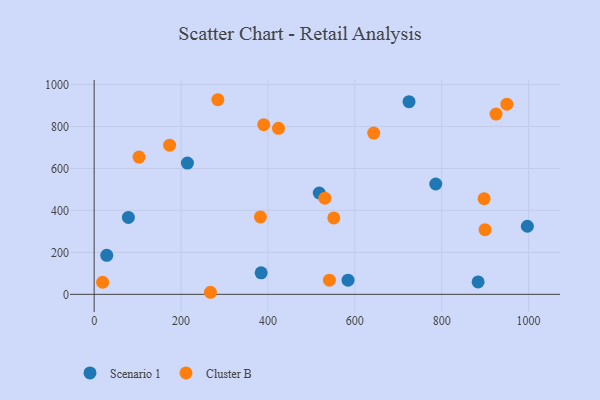
{"axis": {"x": "Price", "y": "Profit"}, "legend": ["Cluster B", "Scenario 1"], "data": [{"x": "997.2", "y": 324.5, "type": "Scenario 1"}, {"x": "518.1", "y": 483.0, "type": "Scenario 1"}, {"x": "29.0", "y": 185.9, "type": "Scenario 1"}, {"x": "584.4", "y": 67.7, "type": "Scenario 1"}, {"x": "724.8", "y": 918.3, "type": "Scenario 1"}, {"x": "384.4", "y": 102.6, "type": "Scenario 1"}, {"x": "214.7", "y": 625.7, "type": "Scenario 1"}, {"x": "78.8", "y": 366.8, "type": "Scenario 1"}, {"x": "883.8", "y": 59.3, "type": "Scenario 1"}, {"x": "786.3", "y": 526.0, "type": "Scenario 1"}, {"x": "551.6", "y": 364.3, "type": "Cluster B"}, {"x": "897.6", "y": 456.0, "type": "Cluster B"}, {"x": "284.8", "y": 927.7, "type": "Cluster B"}, {"x": "925.1", "y": 859.4, "type": "Cluster B"}, {"x": "173.7", "y": 711.0, "type": "Cluster B"}, {"x": "424.3", "y": 791.4, "type": "Cluster B"}, {"x": "531.1", "y": 458.3, "type": "Cluster B"}, {"x": "950.0", "y": 906.4, "type": "Cluster B"}, {"x": "103.3", "y": 654.4, "type": "Cluster B"}, {"x": "390.3", "y": 808.8, "type": "Cluster B"}, {"x": "541.5", "y": 67.4, "type": "Cluster B"}, {"x": "382.7", "y": 369.0, "type": "Cluster B"}, {"x": "643.5", "y": 768.5, "type": "Cluster B"}, {"x": "899.7", "y": 308.0, "type": "Cluster B"}, {"x": "267.7", "y": 9.8, "type": "Cluster B"}, {"x": "19.5", "y": 57.7, "type": "Cluster B"}]}